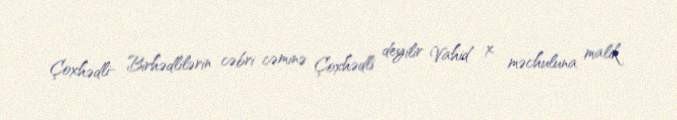
Çoxhədli- Birhədlilərin cəbri cəminə Çoxhədli deyilir Vahid x məchuluna malik